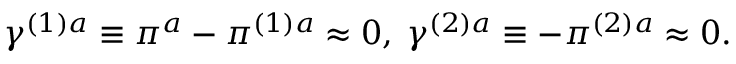
\gamma ^ { ( 1 ) a } \equiv \pi ^ { a } - \pi ^ { ( 1 ) a } \approx 0 , \; \gamma ^ { ( 2 ) a } \equiv - \pi ^ { ( 2 ) a } \approx 0 .